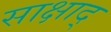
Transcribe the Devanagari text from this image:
साक्षाद्